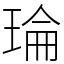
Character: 𤦎